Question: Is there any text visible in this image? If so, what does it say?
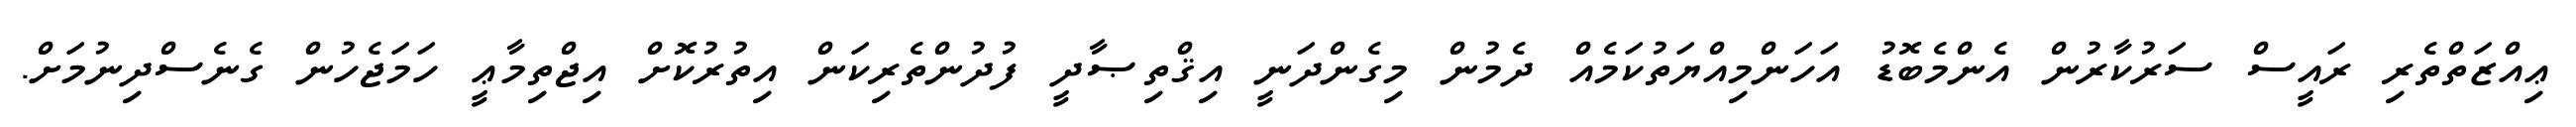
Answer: ޢިއްޒަތްތެރި ރައީސް ސަރުކާރުން އެންމެބޮޑު އަހަންމިއްޔަތުކަމެއް ދެމުން މިގެންދަނީ އިޤްތިޞާދީ ފުދުންތެރިކަން އިތުރުކޮށް އިޖްތިމާޢީ ހަމަޖެހުން ގެނެސްދިނުމަށް.